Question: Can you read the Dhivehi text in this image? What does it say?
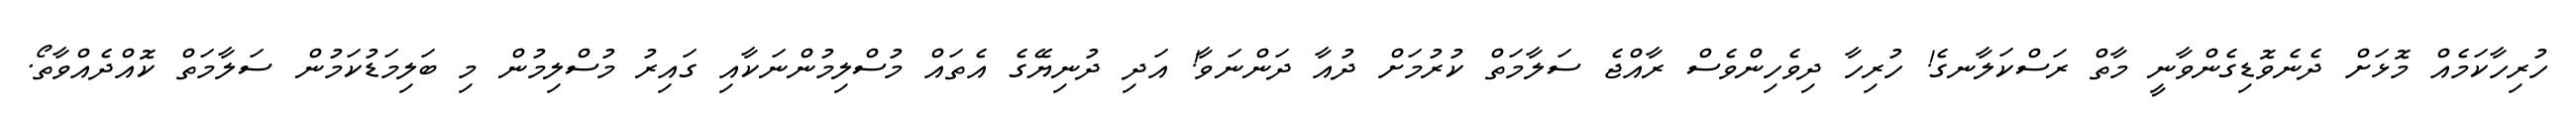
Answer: ހުރިހާކަމެއް މޮޅަށް ދެނެވޮޑިގެންވާނީ މާތް ރަސްކަލާނގެ! ހުރިހާ ދިވެހިންވެސް ރާއްޖެ ސަލާމަތް ކުރުމަށް ދުއާ ދަންނަވާ! އަދި ދުނިޔޭގެ އެތައް މުސްލިމުންނަކާއި ގައިރު މުސްލިމުން މި ބަލިމަޑުކަމުން ސަލާމަތް ކޮއްދެއްވާތޯ.